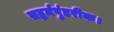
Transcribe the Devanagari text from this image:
सद्धर्मपुंडरीक।